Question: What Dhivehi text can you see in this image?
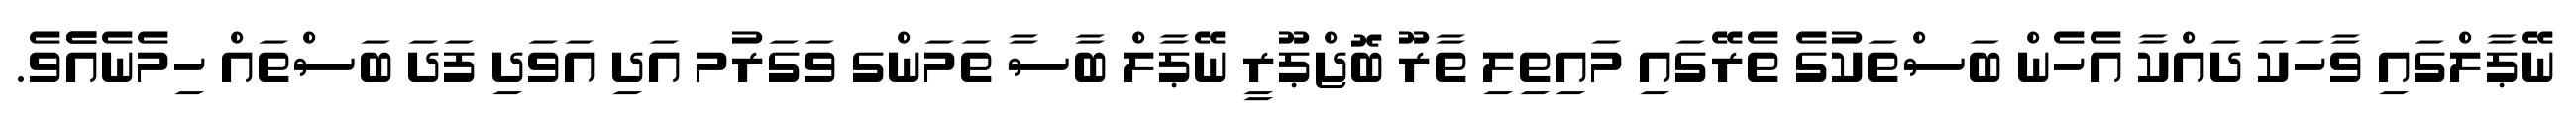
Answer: ނޭޕާލްގައި ވާހަކަ ދައްކާ އެހެން ބަސްތަކުގެ ތެރޭގައި މައިތިލި ތާރޫ ބޮޖްޕޫރީ ނޭޕާލް ބާސާ ތަމަންގ ވަގަރުމ އަދި އަވަދި ފަދަ ބަސްތައް ހިމެނެއެެވެ.